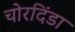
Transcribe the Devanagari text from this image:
चोरदिंडा